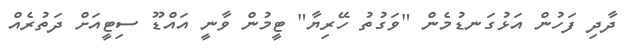
ދާދި ފަހުން އަޅުގަނޑުމެން "ވަގުތު ހޭރިޔާ" ޓީމުން ވާނީ އައްޑޫ ސިޓީއަށް ދަތުރެއް